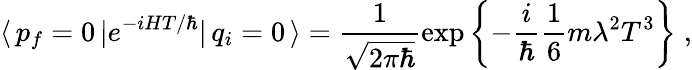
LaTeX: \langle\, p_{f}=0\, |e^{-iHT/\hbar}|\, q_{i}=0\, \rangle=\frac{1}{\sqrt{2\pi\hbar}}\exp\left\{ -\frac{i}{\hbar}\frac{1}{6}m\lambda^{2}T^{3}\right\} \; ,